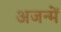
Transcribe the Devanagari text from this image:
अजन्में